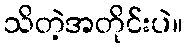
သိတဲ့အတိုင်းပဲ။